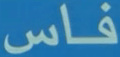
فاس